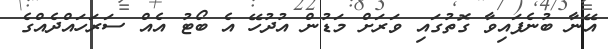
އޭނާ ބުނެފައިވާ ގޮތުގައި ވަރަށް މަޑުން އުދުހޭ އެ ބޯޓު އެއް ސަރަހައްދެއްގެ